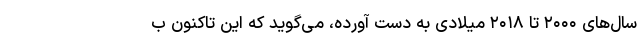
سال‌های ۲۰۰۰ تا ۲۰۱۸ میلادی به دست آورده، می‌گوید که این تاکنون ب